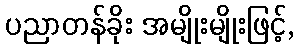
ပညာတန်ခိုး အမျိုးမျိုးဖြင့်,